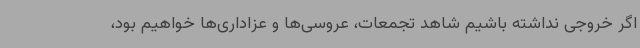
اگر خروجی نداشته باشیم شاهد تجمعات، عروسی‌ها و عزاداری‌ها خواهیم بود،